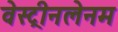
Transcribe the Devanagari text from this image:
वेस्ट्रीनलेनम